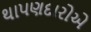
થાપણદારોએ